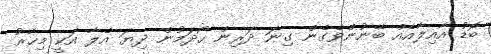
ބޮޑު އާއިލާއެއް ބޭނުންވެގެން ގިނަ ދަރިން ހޯދަމުން ދިޔަ އެލާ އަކީ މިހާރު